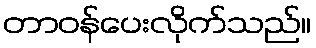
တာဝန်ပေးလိုက်သည်။